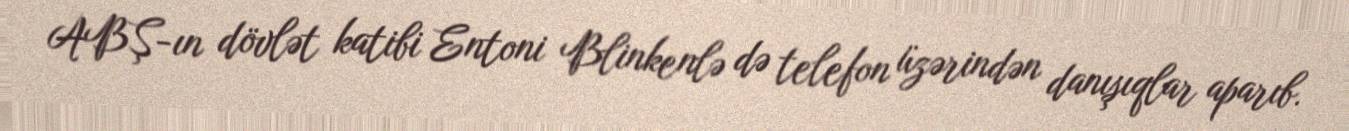
ABŞ-ın dövlət katibi Entoni Blinkenlə də telefon üzərindən danışıqlar aparıb.